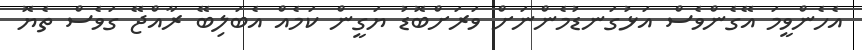
އެހެންވީމަ އޭގެންވެސް އަޅުގަނޑުމެންނަށް ވަރަށްބޮޑު ޔަގީން ކަމެއް އެބަލިބޭ ރާއްޖޭ ގަވެސް ތެޔޮ